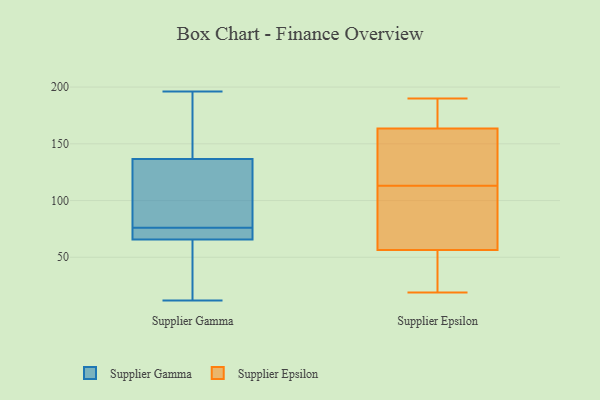
{"axis": {"x": "Backlog", "y": "Value"}, "legend": ["Supplier Epsilon", "Supplier Gamma"], "data": [{"x": "", "y": 126, "type": "Supplier Gamma"}, {"x": "", "y": 76, "type": "Supplier Gamma"}, {"x": "", "y": 75, "type": "Supplier Gamma"}, {"x": "", "y": 57, "type": "Supplier Gamma"}, {"x": "", "y": 125, "type": "Supplier Gamma"}, {"x": "", "y": 175, "type": "Supplier Gamma"}, {"x": "", "y": 196, "type": "Supplier Gamma"}, {"x": "", "y": 38, "type": "Supplier Gamma"}, {"x": "", "y": 76, "type": "Supplier Gamma"}, {"x": "", "y": 73, "type": "Supplier Gamma"}, {"x": "", "y": 115, "type": "Supplier Gamma"}, {"x": "", "y": 181, "type": "Supplier Gamma"}, {"x": "", "y": 65, "type": "Supplier Gamma"}, {"x": "", "y": 182, "type": "Supplier Gamma"}, {"x": "", "y": 12, "type": "Supplier Gamma"}, {"x": "", "y": 68, "type": "Supplier Gamma"}, {"x": "", "y": 122, "type": "Supplier Gamma"}, {"x": "", "y": 18, "type": "Supplier Gamma"}, {"x": "", "y": 140, "type": "Supplier Gamma"}, {"x": "", "y": 40, "type": "Supplier Epsilon"}, {"x": "", "y": 187, "type": "Supplier Epsilon"}, {"x": "", "y": 61, "type": "Supplier Epsilon"}, {"x": "", "y": 55, "type": "Supplier Epsilon"}, {"x": "", "y": 19, "type": "Supplier Epsilon"}, {"x": "", "y": 190, "type": "Supplier Epsilon"}, {"x": "", "y": 61, "type": "Supplier Epsilon"}, {"x": "", "y": 179, "type": "Supplier Epsilon"}, {"x": "", "y": 162, "type": "Supplier Epsilon"}, {"x": "", "y": 36, "type": "Supplier Epsilon"}, {"x": "", "y": 113, "type": "Supplier Epsilon"}, {"x": "", "y": 72, "type": "Supplier Epsilon"}, {"x": "", "y": 125, "type": "Supplier Epsilon"}, {"x": "", "y": 35, "type": "Supplier Epsilon"}, {"x": "", "y": 136, "type": "Supplier Epsilon"}, {"x": "", "y": 171, "type": "Supplier Epsilon"}, {"x": "", "y": 164, "type": "Supplier Epsilon"}, {"x": "", "y": 120, "type": "Supplier Epsilon"}, {"x": "", "y": 109, "type": "Supplier Epsilon"}]}